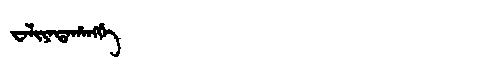
Manchu: ᠸᠠᠯᡳᠶᠠᡨᠠᡥᠠᠩᡤᡝ
Romanization: WALIYATAHANGGE